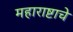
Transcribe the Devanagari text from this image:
महाराष्टाचे